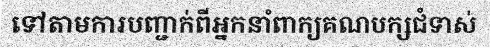
ទៅតាមការបញ្ជាក់ពីអ្នកនាំពាក្យគណបក្សជំទាស់